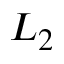
L _ { 2 }